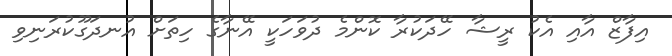
އިފާޒް އާއި އެކު ރީޝާ ހޭދަކުރާ ކޮންމެ ދުވަހަކީ އޭނާގެ ހިތަށް އުނދަގޫކުރަނިވި